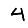
Digit: 4